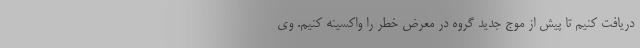
دریافت کنیم تا پیش از موج جدید گروه در معرض خطر را واکسینه کنیم. وی